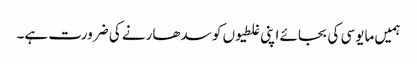
ہمیں مایوسی کی بجائے اپنی غلطیوں کو سدھارنے کی ضرورت ہے۔